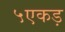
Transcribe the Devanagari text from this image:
५एकड़